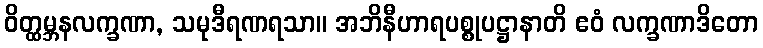
ဝိတ္ထမ္ဘနလက္ခဏာ, သမုဒီရဏရသာ။ အဘိနီဟာရပစ္စုပဋ္ဌာနာတိ ဧဝံ လက္ခဏာဒိတော